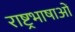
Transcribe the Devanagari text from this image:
राष्ट्रभाषाओं